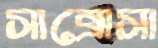
সাব্রোসা